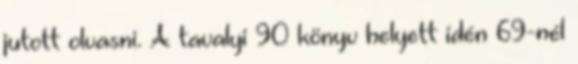
jutott olvasni. A tavalyi 90 könyv helyett idén 69-nél